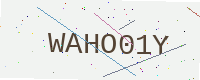
Text: WAHO01Y